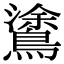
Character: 𪄫